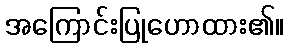
အကြောင်းပြုဟောထား၏။